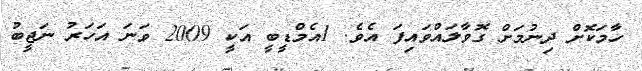
ހާމަކޮށް ދިނުމަށް ގޮވާލައްވައިފަ އެވެ. 1އެމްޑީބީ އަކީ 2009 ވަނަ އަހަރު ނަޖީބު